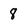
Character: 8